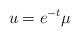
LaTeX: \begin{align*}u=e^{-t}\mu\end{align*}